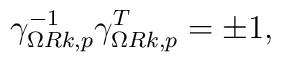
\gamma_{\Omega Rk,p}^{-1}\gamma_{\Omega Rk,p}^T=\pm 1,